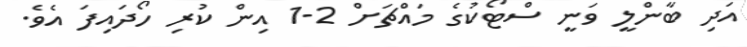
އަދި ބާންލީ ވަނީ ސްޓޯކުގެ މައްޗަށް 2-1 އިން ކުރި ހޯދައިފަ އެވެ.